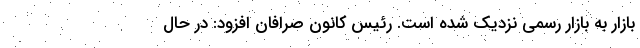
بازار به بازار رسمی نزدیک شده است. رئیس کانون صرافان افزود: در حال